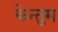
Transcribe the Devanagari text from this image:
केन्तुम